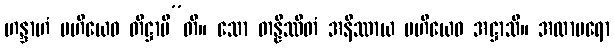
ဟန္ဒာဟံ ဗဟိယေဝ တိဋ္ဌာမီ”တိ။ သော တန္နိဿိတံ အနိဿာယ ဗဟိယေဝ အဋ္ဌာသိ။ အထာပရော